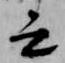
云